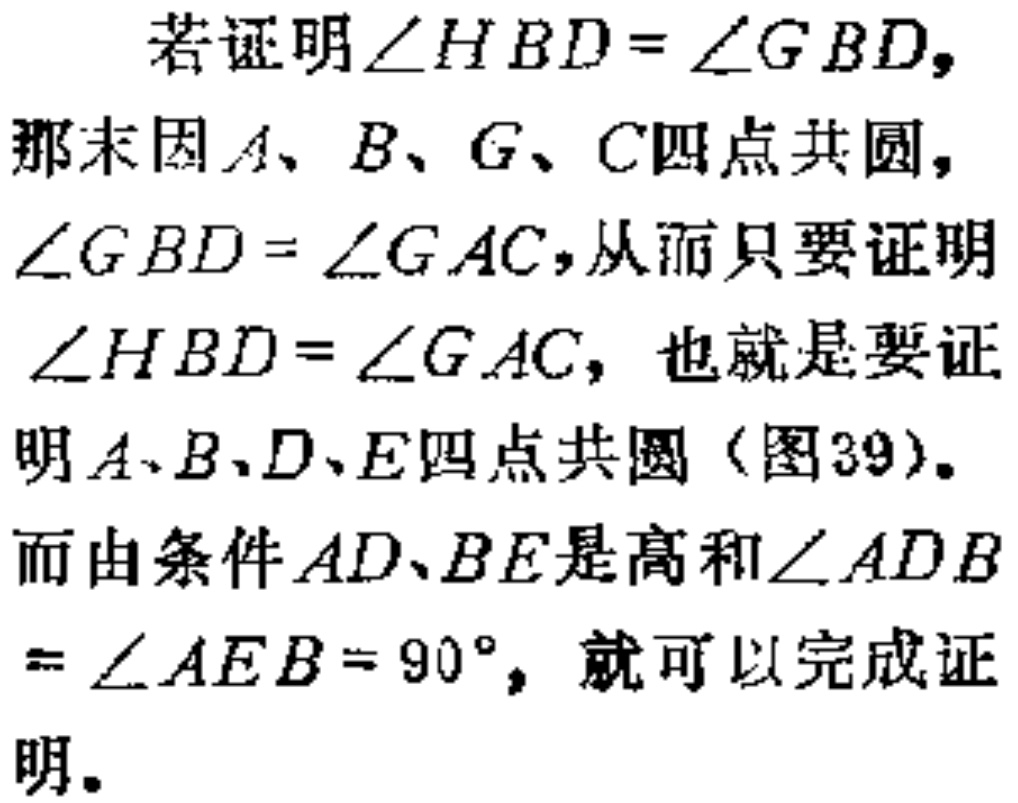
若证明\(\angle HBD = \angle GBD\)，
那末因\(A、B、G、C\)四点共圆，
\(\angle GBD = \angle GAC\)，从而只要证明
\(\angle HBD = \angle GAC\)， 也就是要证
明\(A、B、D、E\)四点共圆（图39）。
而由条件\(AD、BE\)是高和\(\angle ADB\)
\(= \angle AEB = 90^{\circ}\)，就可以完成证
明。